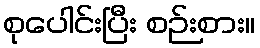
စုပေါင်းပြီး စဉ်းစား။